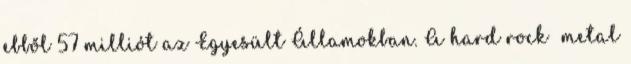
ebből 57 milliót az Egyesült Államokban. A hard rock metal